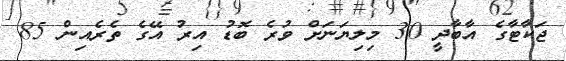
ޖަކާޓާގެ އާބާދީ 30 މިލިޔަނަށް ވުރެ ބޮޑު އިރު އޭގެ ތެރެއިން 85